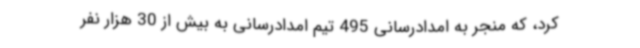
کرد، که منجر به امدادرسانی 495 تیم امدادرسانی به بیش از 30 هزار نفر